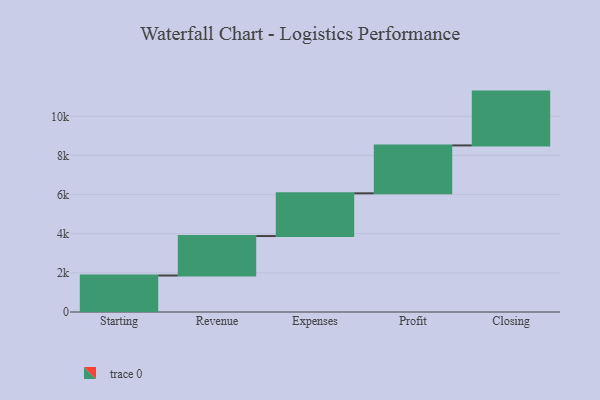
{"axis": {"x": "Step", "y": "Value"}, "legend": [""], "data": [{"x": "Starting", "y": 1865.0, "type": ""}, {"x": "Revenue", "y": 2017.0, "type": ""}, {"x": "Expenses", "y": 2184.0, "type": ""}, {"x": "Profit", "y": 2447.0, "type": ""}, {"x": "Closing", "y": 2751.0, "type": ""}]}